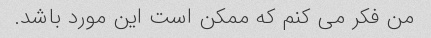
من فکر می کنم که ممکن است این مورد باشد.